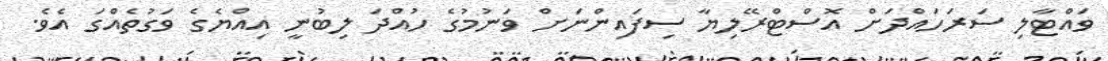
ވައްޓާލި ސަރަހައްދަށް އޮސްޓްރޭލިޔާ ސިފައިންނަށް ވަނުމުގެ ހުއްދަ ލިބުނީ އިއްޔެގެ ވަގުތެއްގަ އެވެ.